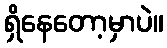
ရှိနေတော့မှာပဲ။